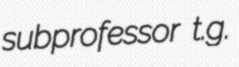
subprofessor t.g.